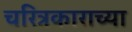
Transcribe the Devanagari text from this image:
चरित्रकाराच्या